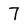
Character: 7